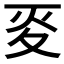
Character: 𡕢